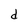
Character: d